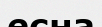
есна